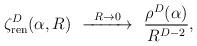
LaTeX: \begin{align*}\zeta^D_{\rm ren}(\alpha,R)\ \ \smash{\mathop{\hbox to 1.3cm{\rightarrowfill}}\limits^{R\to 0}}\ \ \frac{\rho^D(\alpha)}{R^{D-2}},\end{align*}